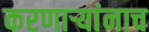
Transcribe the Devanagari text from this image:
करणाऱ्यांनाच